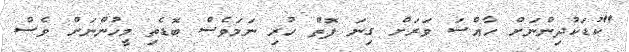
"ކުޑަކުދިންނަށް ހާއްސަ ވަރަށް ގިނަ ފޮތް ހުރި ނަމަވެސް ބޮޑެތި މީހުންނަށް ވެސް